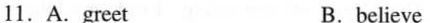
11.A.greet